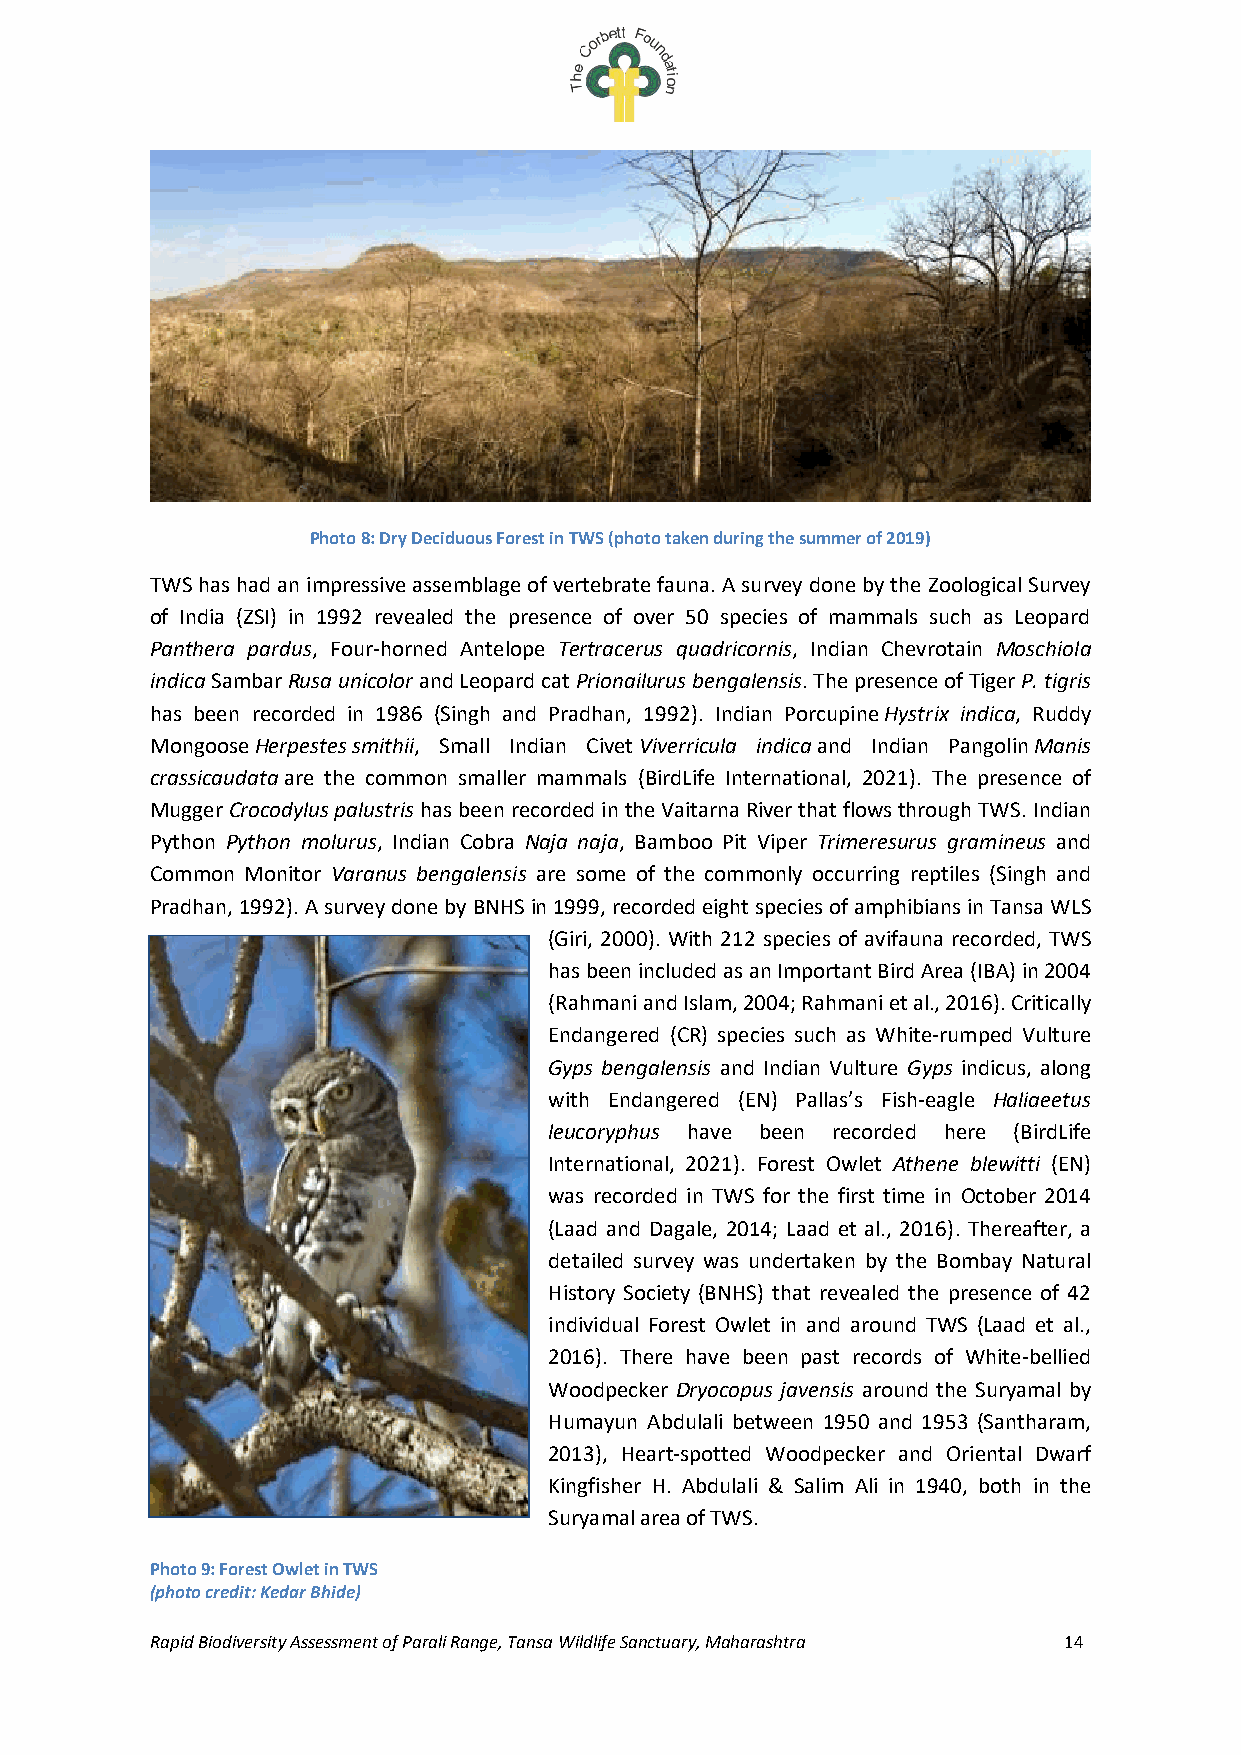
Photo 8: Dry Deciduous Forest in TWS (photo taken during the summer of 2019)
 TWS has had an impressive assemblage of vertebrate fauna. A survey done by the Zoological Survey
 of India (ZSI) in 1992 revealed the presence of over 50 species of mammals such as Leopard
 Panthera pardus, Four-horned Antelope Tertracerus quadricornis, Indian Chevrotain Moschiola
 indica Sambar Rusa unicolor and Leopard cat Prionailurus bengalensis. The presence of Tiger P. tigris
 has been recorded in 1986 (Singh and Pradhan, 1992). Indian Porcupine Hystrix indica, Ruddy
 Mongoose Herpestes smithii, Small Indian Civet Viverricula indica and Indian Pangolin Manis
 crassicaudata are the common smaller mammals (BirdLife International, 2021). The presence of
 Mugger Crocodylus palustris has been recorded in the Vaitarna River that flows through TWS. Indian
 Python Python molurus, Indian Cobra Naja naja, Bamboo Pit Viper Trimeresurus gramineus and
 Common Monitor Varanus bengalensis are some of the commonly occurring reptiles (Singh and
 Pradhan, 1992). A survey done by BNHS in 1999, recorded eight species of amphibians in Tansa WLS
 (Giri, 2000). With 212 species of avifauna recorded, TWS
 has been included as an Important Bird Area (IBA) in 2004
 (Rahmani and Islam, 2004; Rahmani et al., 2016). Critically
 Endangered (CR) species such as White-rumped Vulture
 Gyps bengalensis and Indian Vulture Gyps indicus, along
 with Endangered (EN) Pallas’s Fish-eagle Haliaeetus
 leucoryphus have been recorded here (BirdLife
 International, 2021). Forest Owlet Athene blewitti (EN)
 was recorded in TWS for the first time in October 2014
 (Laad and Dagale, 2014; Laad et al., 2016). Thereafter, a
 detailed survey was undertaken by the Bombay Natural
 History Society (BNHS) that revealed the presence of 42
 individual Forest Owlet in and around TWS (Laad et al.,
 2016). There have been past records of White-bellied
 Woodpecker Dryocopus javensis around the Suryamal by
 Humayun Abdulali between 1950 and 1953 (Santharam,
 2013), Heart-spotted Woodpecker and Oriental Dwarf
 Kingfisher H. Abdulali & Salim Ali in 1940, both in the
 Suryamal area of TWS.
 Photo 9: Forest Owlet in TWS
 (photo credit: Kedar Bhide)
 Rapid Biodiversity Assessment of Parali Range, Tansa Wildlife Sanctuary, Maharashtra 14